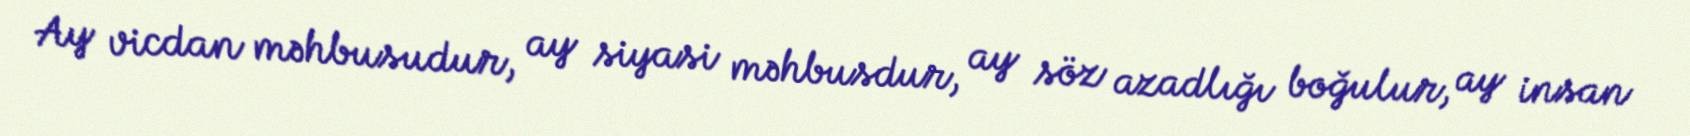
Ay vicdan məhbusudur, ay siyasi məhbusdur, ay söz azadlığı boğulur, ay insan